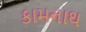
કામનાથ